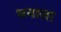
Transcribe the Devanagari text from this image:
धनाला